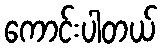
ကောင်းပါတယ်